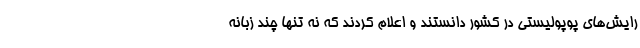
رایش‌های پوپولیستی در کشور دانستند و اعلام کردند که نه تنها چند زبانه